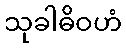
သုခါဓိဝဟံ